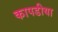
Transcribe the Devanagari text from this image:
कापडीया